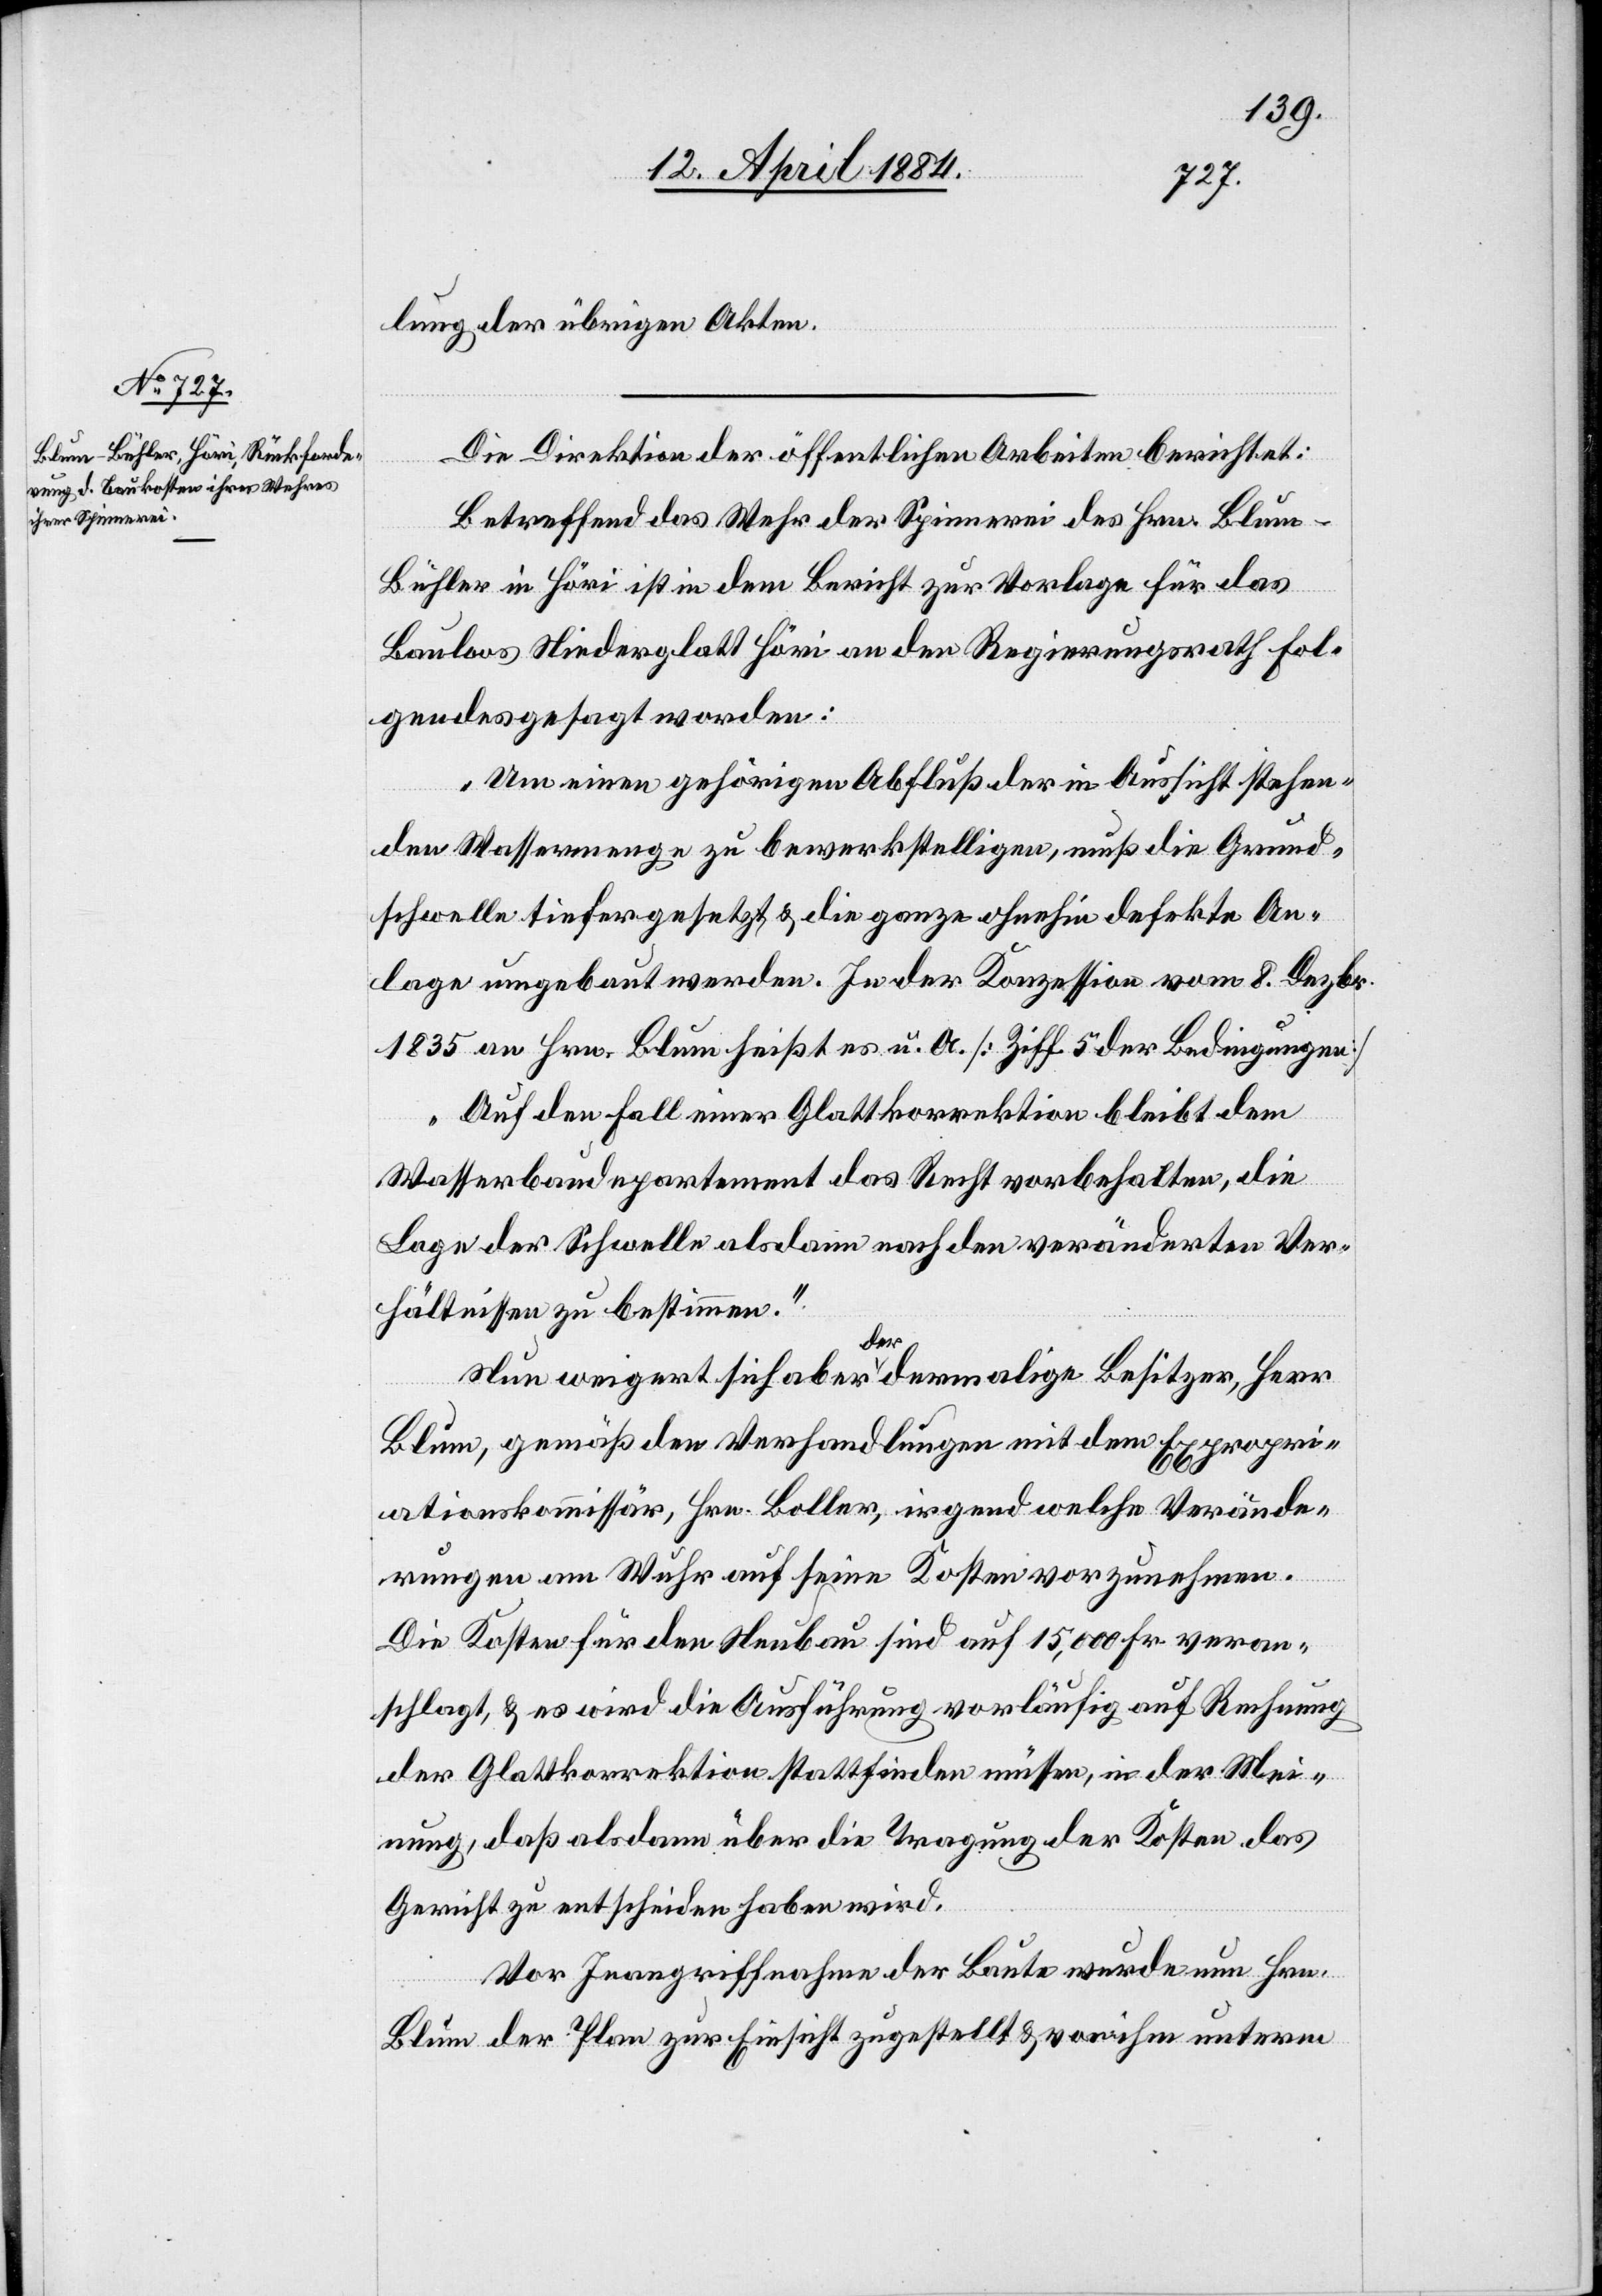
lung der übrigen Akten.
Die Direktion der öffentlichen Arbeiten berichtet:
Betreffend das Wehr der Spinnerei des Hrn. Blu¬
m-Bühler in Höri ist in dem Bericht zur Vorlage für das
Bauloos Niederglatt Höri an den Regierungsrath fol¬
gendes gesagt worden:
Um einen gehörigen Abfluß der in Aussicht stehen¬
den Wassermenge zu bewerkstelligen, muß die Grund¬
schwelle tiefer gesetzt & die ganze ohnehin defekte An¬
lage umgebaut werden. In der Konzession vom 8. Dezbr.
1835 an Hrn. Blum heißt es u. A. [Ziff. 5 der Bedingungen]
„Auf den Fall einer Glattkorrektion bleib dem
Wasserbaudepartement das Recht vorbehalten, die
Lage der Schwelle alsdann nach den veränderten Ver¬
hältnissen zu bestimmen.“
Nun weigert sich aber der dermalige Besitzer Herr
Blum, gemäß den Verhandlungen mit dem Expropri¬
ationskommissär, Hrn. Boller, irgend welche Verände¬
rungen am Wuhr auf seine Kosten vorzunehmen.
Die Kosten für den Neubau sind auf 15,000 Fr. veran¬
schlagt, & es wird die Ausführung vorläufig auf Rechnung
der Glattkorrektion stattfinden müssen, in der Mei¬
nung, daß als dann über die Tragung der Kosten das
Gericht zu entscheiden haben wird.
Vor Inangriffnahme der Baute wurde nun Hrn.
Blum der Plan zur Einsicht zugestellt & von ihm unterm